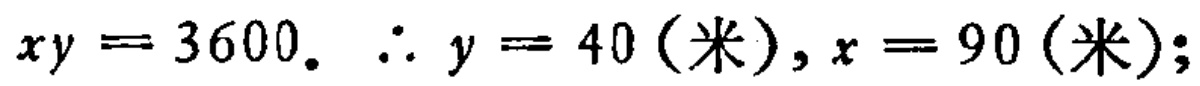
\(xy = 3600.\ \therefore y = 40 (\text{米}), x = 90 (\text{米});\)